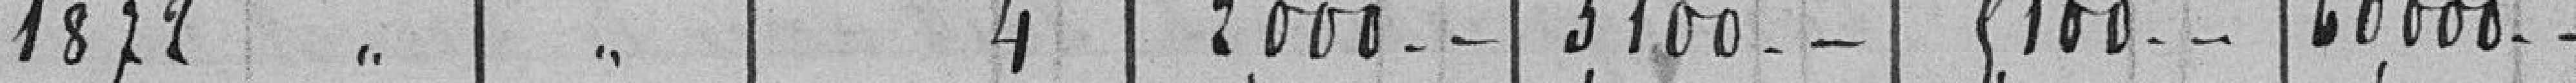
1872 " " 4 2.000 - - 3.100 - - 5.100 - - 60.000 -